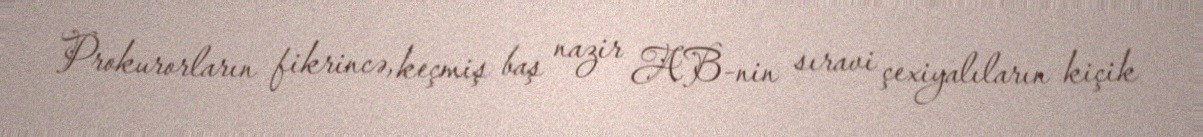
Prokurorların fikrincə, keçmiş baş nazir AB-nin sıravi çexiyalıların kiçik